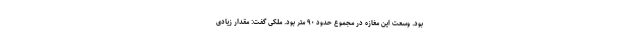
بود. وسعت این مغازه در مجموع حدود ٩٠ متر بود. ملکی گفت: مقدار زیادی